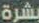
بشرة